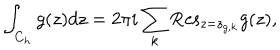
LaTeX: \int _ { C _ { h } } { g ( z ) d z } = 2 \pi i \sum _ { k } { \mathrm { R e s } } _ { z = z _ { g , k } } g ( z ) ,